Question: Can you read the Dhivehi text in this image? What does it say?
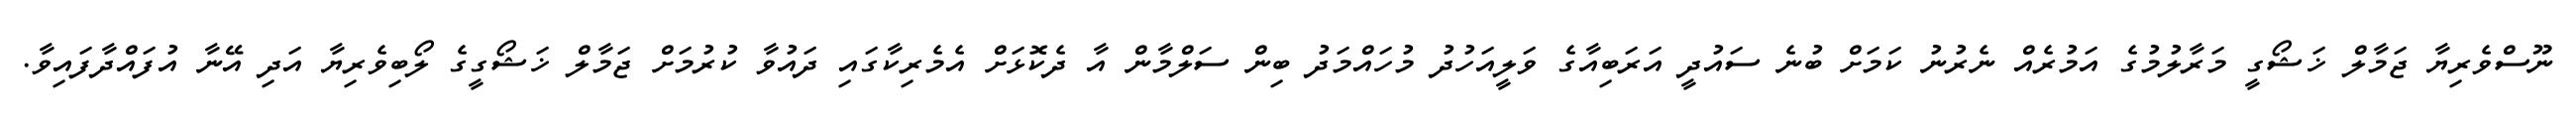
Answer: ނޫސްވެރިޔާ ޖަމާލް ޚަޝޯގީ މަރާލުމުގެ އަމުރެއް ނެރުނު ކަމަށް ބުނެ ސައުދީ އަރަބިއާގެ ވަލީއަހުދު މުހައްމަދު ބިން ސަލްމާން އާ ދެކޮޅަށް އެމެރިކާގައި ދައުވާ ކުރުމަށް ޖަމާލް ޚަޝޯގީގެ ލޯބިވެރިޔާ އަދި އޭނާ އުފައްދާފައިވާ.